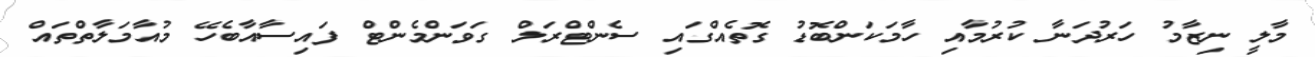
މާލީ ނިޒާމު ހަރުދަނާ ކުރުމާއި ހާމަކަންބޮޑު ގޮތެއްގައި ސެންޓްރަލް ގަވަންމެންޓް ފައިސާއާބެހޭ މުއާމަލާތްތައް